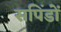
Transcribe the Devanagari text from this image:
सपिंडों